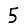
Digit: 5